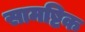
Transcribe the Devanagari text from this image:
सामष्टिक